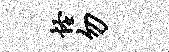
怪勿